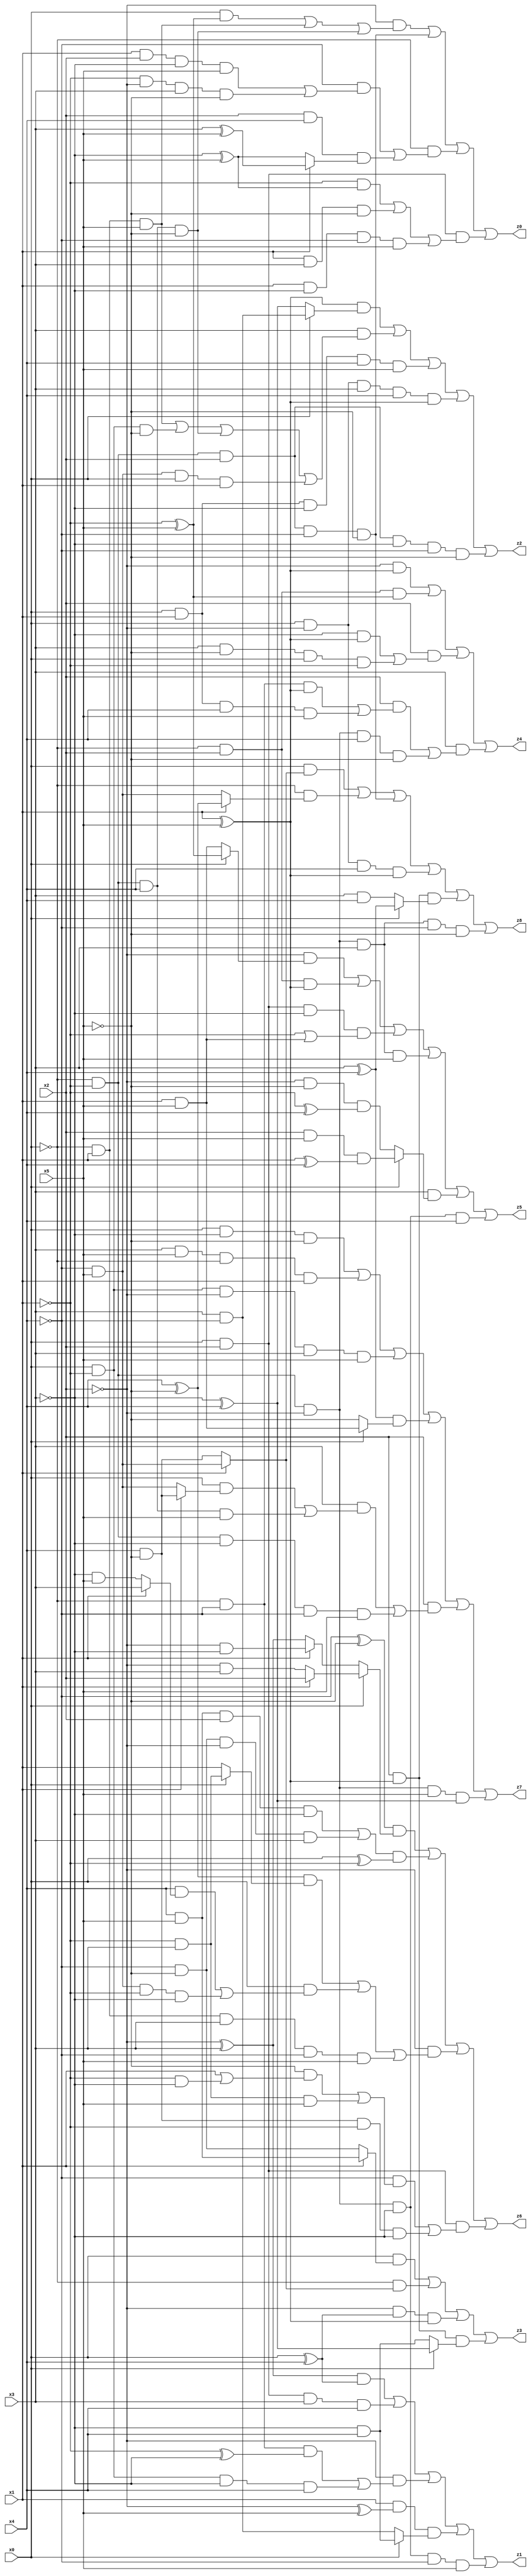
// Benchmark "X_13" written by ABC on Tue Jun 06 22:22:16 2023

module X_13 ( 
    x0, x1, x2, x3, x4, x5,
    z0, z1, z2, z3, z4, z5, z6, z7, z8  );
  input  x0, x1, x2, x3, x4, x5;
  output z0, z1, z2, z3, z4, z5, z6, z7, z8;
  assign z0 = (~x2 & ((x0 & (~x1 ^ x5)) | (~x0 & x1 & x5) | (~x0 & ~x1 & x4 & ~x5))) | (~x0 & ~x1 & x2 & ~x4 & ~x5) | (~x0 & ((~x4 & ((x1 & x2 & ~x3 & x5) | (~x1 & ~x2 & x3 & ~x5))) | (x2 & x4 & (x1 ? (x3 ^ x5) : (~x3 ^ x5))))) | (x0 & x2 & ((~x1 & (~x3 ^ x5)) | (x1 & x3 & ~x5) | (x1 & ~x3 & ~x4 & x5)));
  assign z1 = ((~x2 ^ x3) & (x0 ^ x4)) | (x0 & x2 & x3 & x4) | (~x2 & ((~x0 & ~x4 & (~x1 ^ ~x3)) | (x0 & ~x1 & ~x3 & x4))) | (x1 & (~x2 ^ x5) & (x0 ? (~x3 & x4) : (x3 & ~x4))) | (~x0 & ~x1 & ~x2 & ~x3 & ~x4 & x5);
  assign z2 = ((x1 ^ x5) & (x0 ? (x3 & ~x4) : (~x3 ^ x4))) | (x3 & ((~x0 & x1 & x5) | (x0 & ~x1 & ~x5) | (~x0 & ~x1 & x4 & ~x5) | (~x4 & x5 & x0 & x1))) | (x0 & x1 & ~x3 & x4 & x5) | (x0 & ~x2 & x3 & x4 & (x1 ^ x5)) | (~x0 & ~x1 & x2 & ~x3 & ~x4 & ~x5);
  assign z3 = (x0 & (x1 ? (x4 & x5) : (~x4 & ~x5))) | (~x0 & (x1 ? (~x4 & x5) : (x4 & ~x5))) | (~x2 & (x0 ^ x4) & (x1 ^ x5)) | (x2 & (x1 ^ x5) & (x0 ? (~x3 ^ x4) : (~x3 & x4)));
  assign z4 = (~x2 & (x1 ^ x5)) | (~x0 & x2 & (~x1 ^ x5)) | (x2 & ((~x3 & (x1 ^ x5)) | (x3 & ~x5 & x0 & ~x1))) | (x3 & ((x2 & ((~x0 & ~x4 & (x1 ^ x5)) | (x0 & x1 & x4 & x5))) | (~x0 & ~x1 & ~x2 & x4 & ~x5)));
  assign z5 = (~x2 & (x0 ? (~x1 ^ x5) : (x1 & x5))) | (~x0 & x2 & (x1 ^ x5)) | (x0 & x2 & ~x3 & (~x1 | (x1 & x5))) | (~x0 & ~x1 & ~x2 & x3 & x5) | (x3 & (x0 ? (x2 & x5 & (x1 ^ x4)) : (~x2 & ~x5 & (~x1 ^ x4)))) | (~x0 & ~x1 & ~x2 & ~x3 & x4);
  assign z6 = ((~x4 ^ ~x5) & (x0 ? (x1 ? x2 : (~x2 & x3)) : (x1 ? (~x2 & ~x3) : (~x2 ^ x3)))) | (((x4 & x5 & x2 & ~x3) | (~x4 & ~x5 & ~x2 & x3)) & (x0 ^ ~x1)) | (~x2 & (((x4 ^ ~x5) & (x0 ? (~x1 & x3) : x1)) | (x0 & ((x4 & (x1 ? x3 : (~x3 & x5))) | (~x4 & x5 & ~x1 & ~x3))) | (~x0 & x1 & x3 & ~x4 & x5))) | (x0 & x2 & ((~x4 & ((~x5 & (x1 | (~x1 & ~x3))) | (~x1 & x3 & x5))) | (x4 & ~x5 & ~x1 & ~x3)));
  assign z7 = (x0 & ~x3 & ~x5) | (x3 & x5 & ~x0 & x1) | (x0 & ~x1 & ~x2 & x3 & x5) | ((x3 ^ x4) & (x0 ? (x1 & x5) : ~x5)) | (x2 & ((x3 & ((x0 & (x1 ? (x4 & ~x5) : (~x4 & x5))) | (~x0 & ~x1 & x4 & x5))) | (~x0 & ~x1 & ~x3 & ~x4 & x5))) | (~x0 & ~x1 & ~x2 & x5 & (~x3 ^ x4));
  assign z8 = (x0 & (x1 ? (~x4 & x5) : (x4 & ~x5))) | (~x0 & (x1 ? (x4 ^ ~x5) : (~x4 & x5))) | (~x0 & ~x1 & x2 & ~x4 & ~x5) | (x0 & ~x2 & x4 & (x1 ^ x5)) | (x2 & (x1 ^ x5) & (x0 ? (x3 ^ x4) : (x3 & x4))) | (~x0 & ~x1 & ~x2 & x3 & ~x4 & ~x5);
endmodule